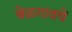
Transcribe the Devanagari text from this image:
बेळगावचें